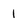
Character: l